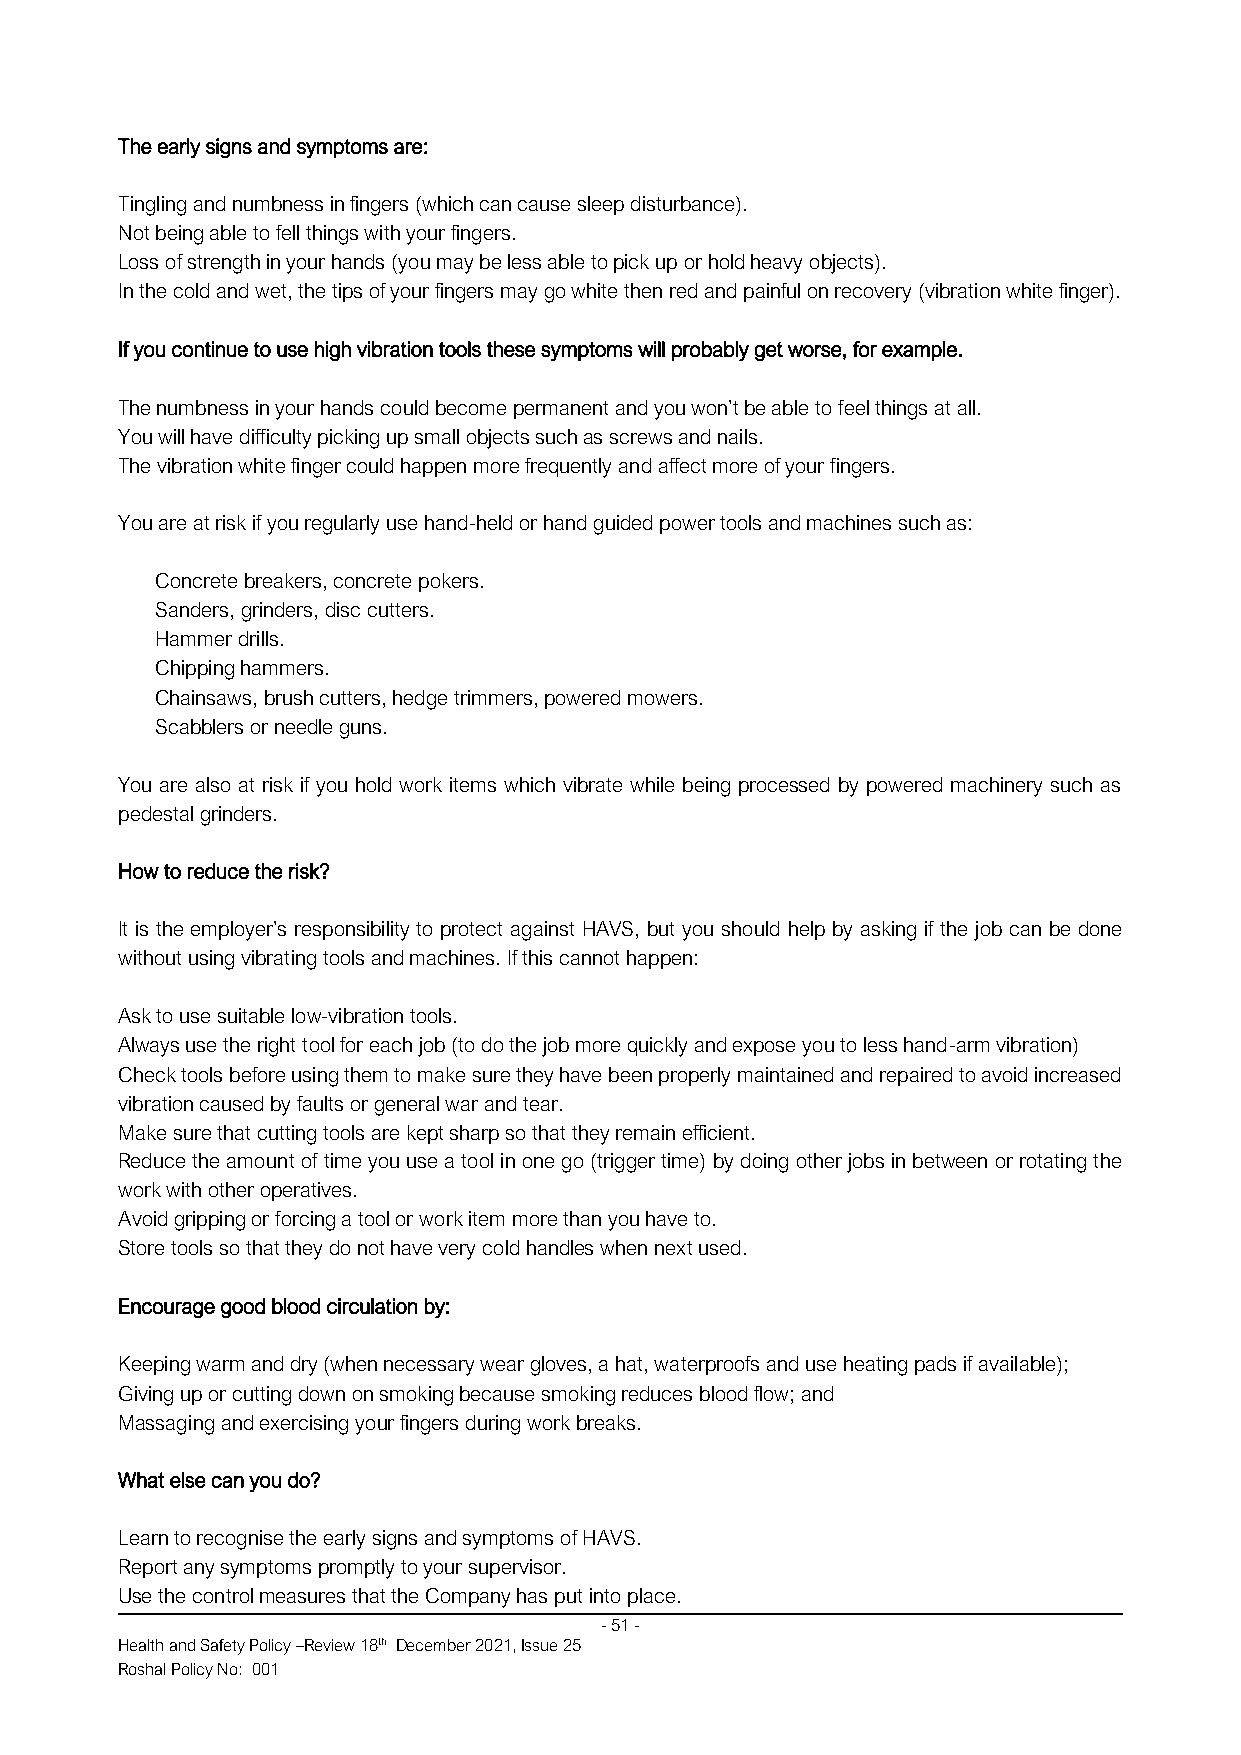
The early signs and symptoms are:
 Tingling and numbness in fingers (which can cause sleep disturbance).
 Not being able to fell things with your fingers.
 Loss of strength in your hands (you may be less able to pick up or hold heavy objects).
 In the cold and wet, the tips of your fingers may go white then red and painful on recovery (vibration white finger).
 If you continue to use high vibration tools these symptoms will probably get worse, for example.
 The numbness in your hands could become permanent and you won’t be able to feel things at all.
 You will have difficulty picking up small objects such as screws and nails.
 The vibration white finger could happen more frequently and affect more of your fingers.
 You are at risk if you regularly use hand-held or hand guided power tools and machines such as:
 Concrete breakers, concrete pokers.
 Sanders, grinders, disc cutters.
 Hammer drills.
 Chipping hammers.
 Chainsaws, brush cutters, hedge trimmers, powered mowers.
 Scabblers or needle guns.
 You are also at risk if you hold work items which vibrate while being processed by powered machinery such as
 pedestal grinders.
 How to reduce the risk?
 It is the employer’s responsibility to protect against HAVS, but you should help by asking if the job can be done
 without using vibrating tools and machines. If this cannot happen:
 Ask to use suitable low-vibration tools.
 Always use the right tool for each job (to do the job more quickly and expose you to less hand-arm vibration)
 Check tools before using them to make sure they have been properly maintained and repaired to avoid increased
 vibration caused by faults or general war and tear.
 Make sure that cutting tools are kept sharp so that they remain efficient.
 Reduce the amount of time you use a tool in one go (trigger time) by doing other jobs in between or rotating the
 work with other operatives.
 Avoid gripping or forcing a tool or work item more than you have to.
 Store tools so that they do not have very cold handles when next used.
 Encourage good blood circulation by:
 Keeping warm and dry (when necessary wear gloves, a hat, waterproofs and use heating pads if available);
 Giving up or cutting down on smoking because smoking reduces blood flow; and
 Massaging and exercising your fingers during work breaks.
 What else can you do?
 Learn to recognise the early signs and symptoms of HAVS.
 Report any symptoms promptly to your supervisor.
 Use the control measures that the Company has put into place.
 - 51 -
 Health and Safety Policy –Review 18th December 2021, Issue 25
 Roshal Policy No: 001